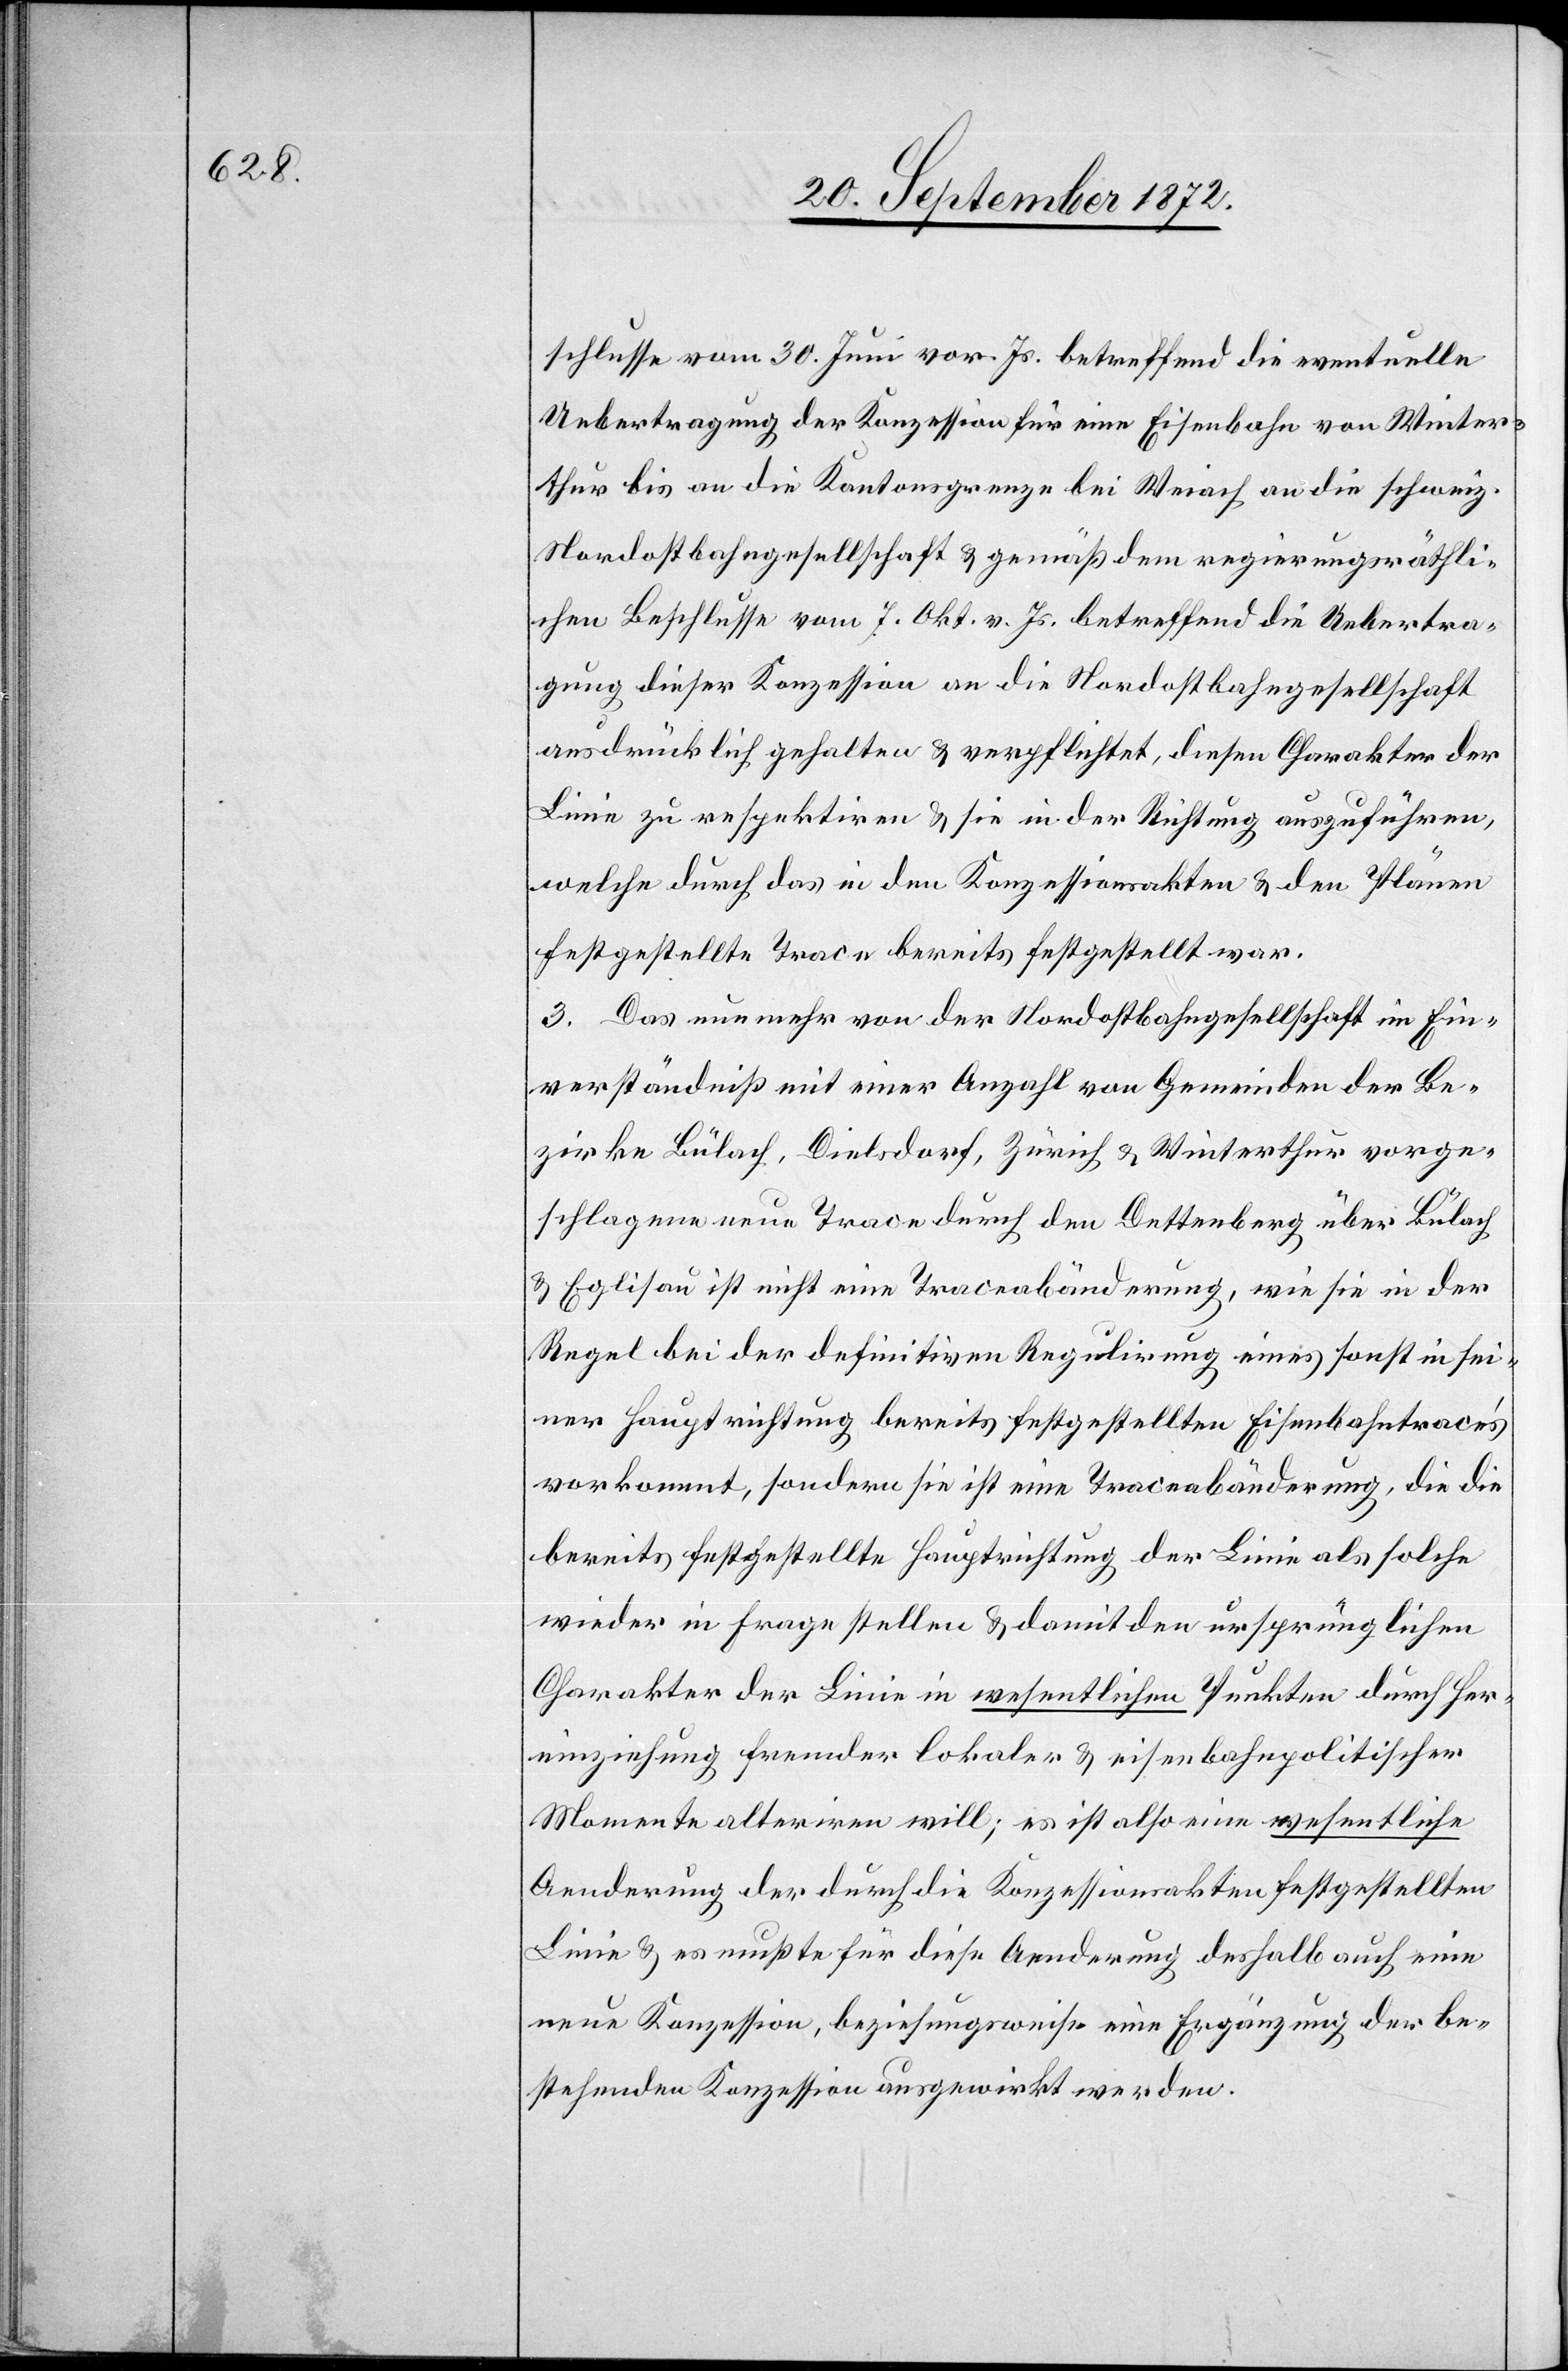
schlusse vom 30. Juni vor. Js. betreffend die eventuelle
Uebertragung der Konzession für eine Eisenbahn von Winter¬
thur bis an die Kantonsgrenze bei Weiach an die schweiz.
Nordostbahngesellschaft u. gemäß dem regierungsräthli¬
chen Beschlusse vom 7. Okt. v. Js. betreffend die Uebertra¬
gung dieser Konzession an die Nordostbahngesellschaft
ausdrücklich gehalten u. verpflichtet, diesen Charakter der
Linie zu respektiren u. sie in der Richtung auszuführen,
welche durch das in den Konzessionsakten u. den Plänen
festgestellte Trace bereits festgestellt war.
3. Das nunmehr von der Nordostbahngesellschaft im Ein¬
verständniß mit einer Anzahl von Gemeinden der Be¬
zirke Bülach, Dielsdorf, Zürich u. Winterthur vorge¬
schlagene neue Trace durch den Dettenberg über Bülach
u. Eglisau ist nicht eine Traceabänderung, wie sie in der
Regel bei der definitiven Regulirung eines sonst in sei¬
ner Hauptrichtung bereits festgestellten Eisenbahntracés
vorkommt, sondern sie ist eine Traceabänderung, die die
bereits festgestellte Hauptrichtung der Linie als solche
wieder in Frage stellen u. damit den ursprünglichen
Charakter der Linie in wesentlichen Punkten durch Her¬
einziehung fremder lokaler u. eisenbahnpolitischer
Momente alteriren will; es ist also eine wesentliche
Aenderung der durch die Konzessionsakten festgestellten
Linie u. es mußte für diese Aenderung deshalb auch eine
neue Konzession, beziehungswese eine Ergänzung der be¬
stehenden Konzession ausgewirkt werden.